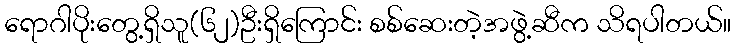
ရောဂါပိုးတွေ့ရှိသူ(၆၂)ဦးရှိကြောင်း စစ်ဆေးတဲ့အဖွဲ့ဆီက သိရပါတယ်။